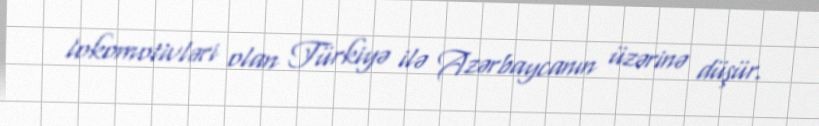
lokomotivləri olan Türkiyə ilə Azərbaycanın üzərinə düşür.